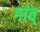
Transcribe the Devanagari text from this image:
गांव्